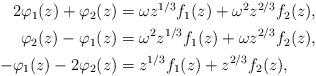
LaTeX: \begin{align*} \begin{aligned}2\varphi_{1}(z)+\varphi_{2}(z) &= \omega z^{1/3} f_{1}(z) + \omega^2 z^{2/3} f_{2}(z), \\\varphi_{2}(z)-\varphi_{1}(z) &= \omega^2 z^{1/3} f_{1}(z) + \omega z^{2/3} f_{2}(z), \\-\varphi_{1}(z)-2\varphi_{2}(z) & = z^{1/3} f_{1}(z) + z^{2/3} f_{2}(z),\end{aligned}\end{align*}